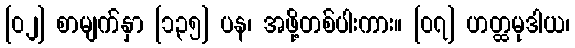
[၀၂] စာမျက်နှာ [၁၃၅] ပန၊ အဖို့တစ်ပါးကား။ [၀၇] ဟတ္ထမုဒါယ၊